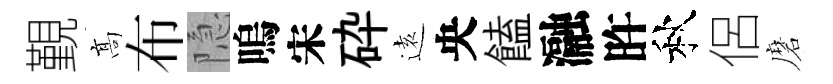
覲髙布隐嗚宋砕逺央饁瀜旿秋侶磨